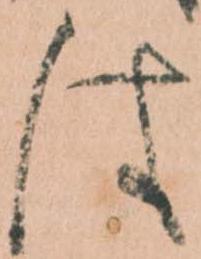
は